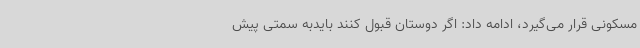
مسکونی قرار می‌گیرد، ادامه داد: اگر دوستان قبول کنند بایدبه سمتی پیش